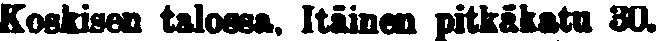
Koskisen talossa, Itäinen pitkäkatu 30.